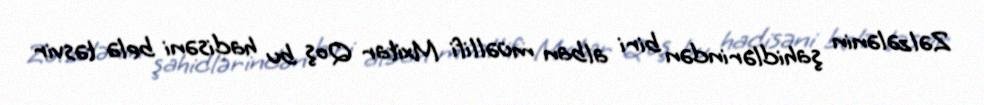
Zəlzələnin şahidlərindən biri alban müəllifi Mxitar Qoş bu hadisəni belə təsvir